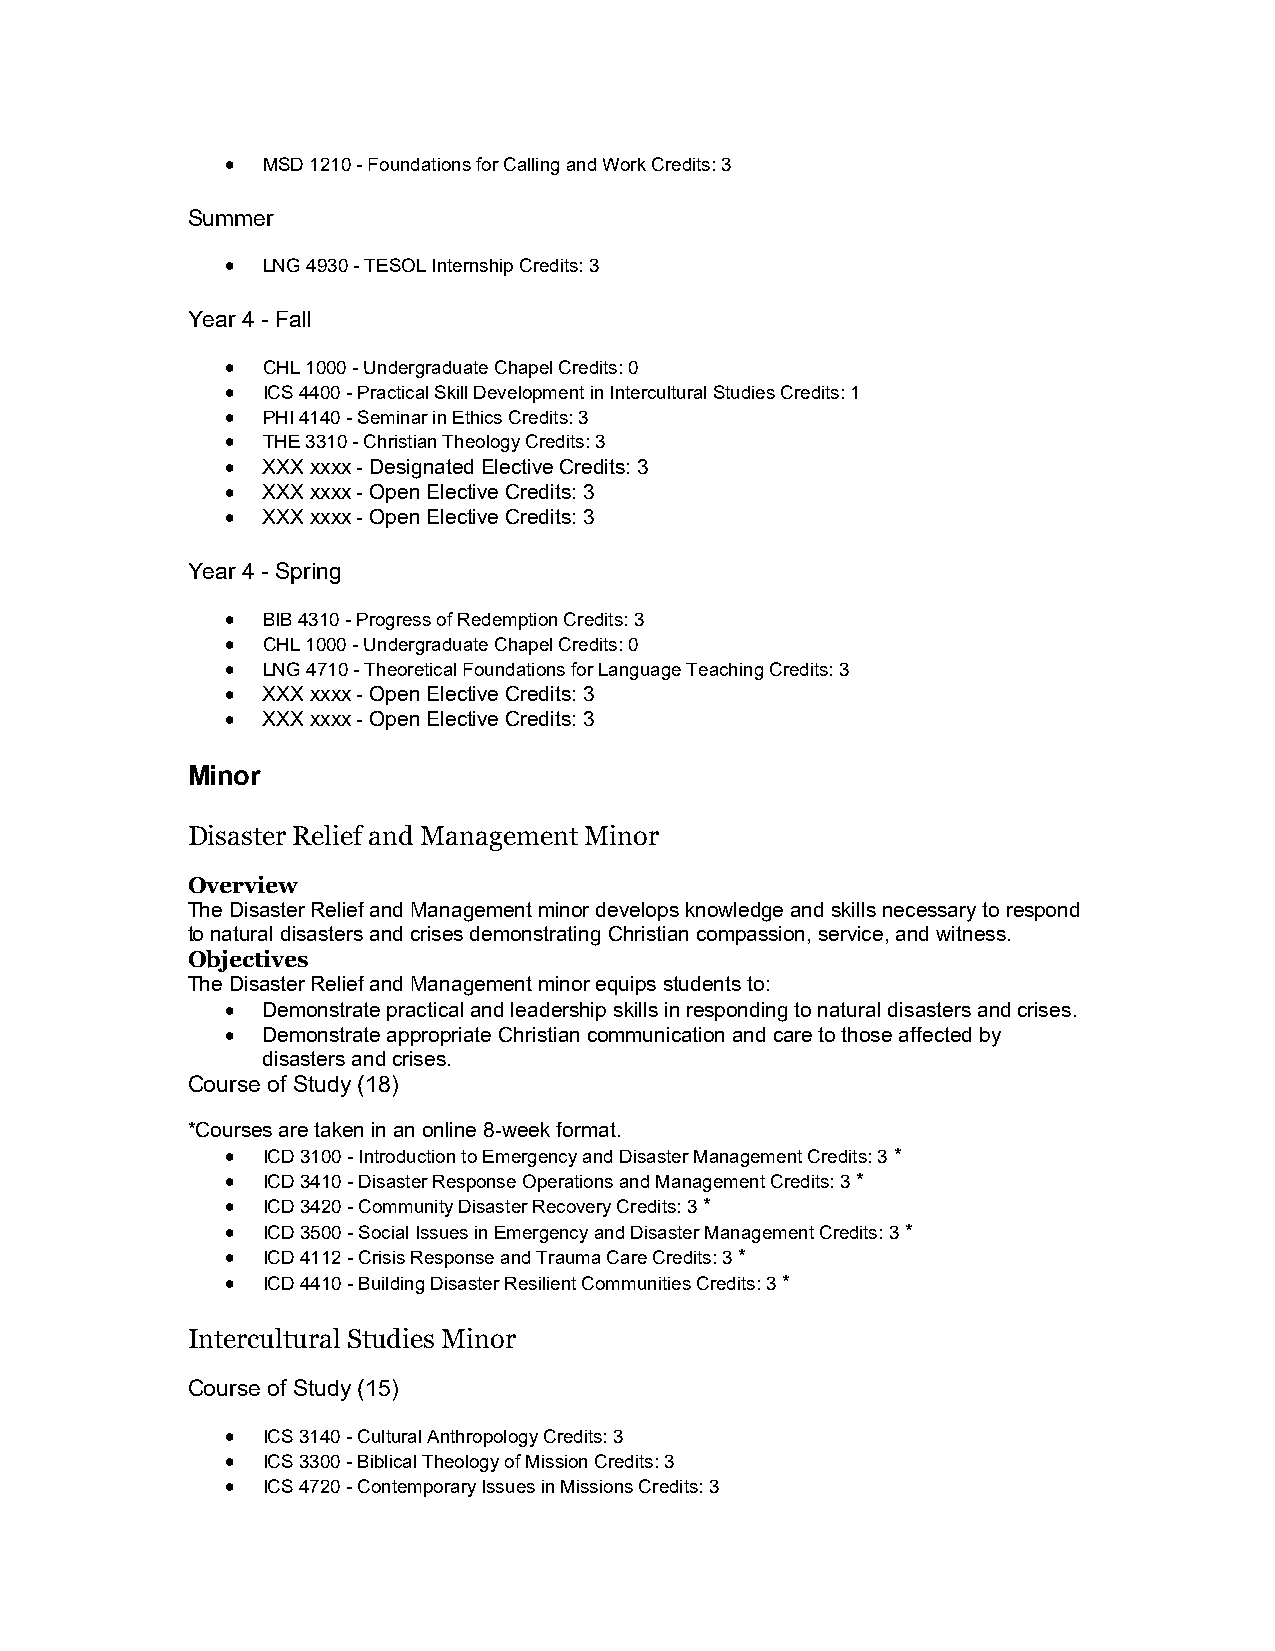
 MSD 1210 - Foundations for Calling and Work Credits: 3
 Summer
  LNG 4930 - TESOL Internship Credits: 3
 Year 4 - Fall
  CHL 1000 - Undergraduate Chapel Credits: 0
  ICS 4400 - Practical Skill Development in Intercultural Studies Credits: 1
  PHI 4140 - Seminar in Ethics Credits: 3
  THE 3310 - Christian Theology Credits: 3
  XXX xxxx - Designated Elective Credits: 3
  XXX xxxx - Open Elective Credits: 3
  XXX xxxx - Open Elective Credits: 3
 Year 4 - Spring
  BIB 4310 - Progress of Redemption Credits: 3
  CHL 1000 - Undergraduate Chapel Credits: 0
  LNG 4710 - Theoretical Foundations for Language Teaching Credits: 3
  XXX xxxx - Open Elective Credits: 3
  XXX xxxx - Open Elective Credits: 3
 Minor
 Disaster Relief and Management Minor
 Overview
 The Disaster Relief and Management minor develops knowledge and skills necessary to respond
 to natural disasters and crises demonstrating Christian compassion, service, and witness.
 Objectives
 The Disaster Relief and Management minor equips students to:
  Demonstrate practical and leadership skills in responding to natural disasters and crises.
  Demonstrate appropriate Christian communication and care to those affected by
 disasters and crises.
 Course of Study (18)
 *Courses are taken in an online 8-week format.
  ICD 3100 - Introduction to Emergency and Disaster Management Credits: 3 *
  ICD 3410 - Disaster Response Operations and Management Credits: 3 *
  ICD 3420 - Community Disaster Recovery Credits: 3 *
  ICD 3500 - Social Issues in Emergency and Disaster Management Credits: 3 *
  ICD 4112 - Crisis Response and Trauma Care Credits: 3 *
  ICD 4410 - Building Disaster Resilient Communities Credits: 3 *
 Intercultural Studies Minor
 Course of Study (15)
  ICS 3140 - Cultural Anthropology Credits: 3
  ICS 3300 - Biblical Theology of Mission Credits: 3
  ICS 4720 - Contemporary Issues in Missions Credits: 3